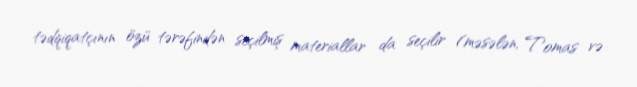
tədqiqatçının özü tərəfindən seçilmiş materiallar da seçilir (məsələn, Tomas və